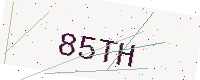
Text: 85TH